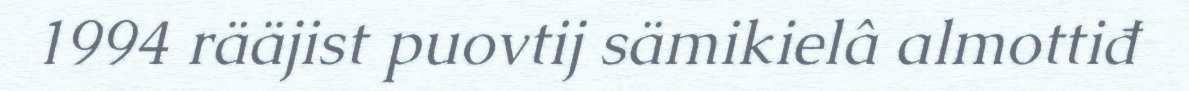
1994 rääjist puovtij sämikielâ almottiđ